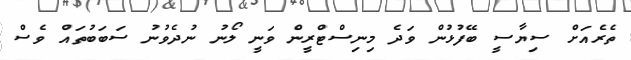
ތެރެއަށް ސިޔާސީ ބޭފުޅުން ވަދެ މިނިސްޓްރީން ވަނީ ލޯނު ނުދެވުނު ސަބަބުތައް ވެސް